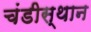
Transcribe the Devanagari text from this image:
चंडीस्थान